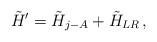
LaTeX: \begin{align*}\tilde{H}^{\prime}=\tilde{H}_{j-A}+\tilde{H}_{LR}\,,\end{align*}